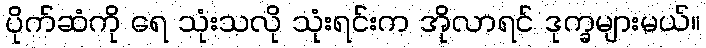
ပိုက်ဆံကို ရေ သုံးသလို သုံးရင်းက အိုလာရင် ဒုက္ခများမယ်။